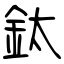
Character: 鈦